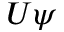
U \psi